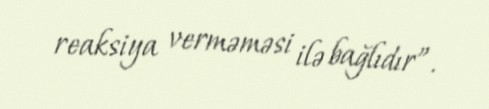
reaksiya verməməsi ilə bağlıdır”.